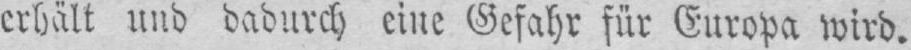
erhält und dadurch eine Gefahr für Europa wird.